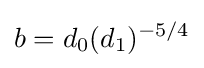
b=d_{0}(d_{1})^{-5/4}